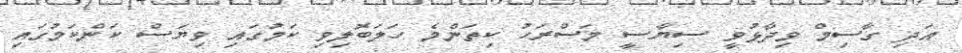
އަދި ގާސިމް ވިދާޅުވީ ސިޔާސީ މަސްރަހު ކިތަންމެ ހަލަބޮލިވި ކަމުގައި ވިޔަސް ކަންކަމުގައި